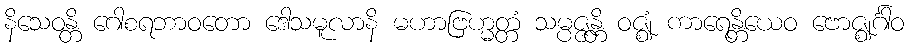
နိသေဝန္တိ ဂေါစရဘာဝတော ဒေါသမူလာနိ မဟာဗြဟ္မတ္တံ သမ္ပဇ္ဇန္တိ ဝဇ္ဈံ ကာရေန္တိယေဝ ဗောဇ္ဈင်္ဂါဝ